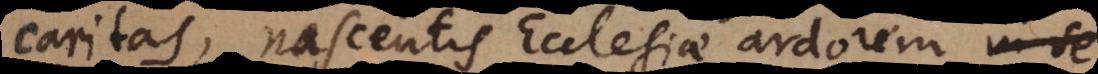
caritas, nascentis Ecclesiae ardorem in se